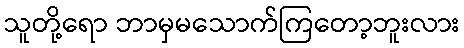
သူတို့ရော ဘာမှမသောက်ကြတော့ဘူးလား